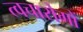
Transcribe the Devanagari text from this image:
त्वचारोगों